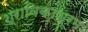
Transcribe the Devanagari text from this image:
श्राविकाश्रम